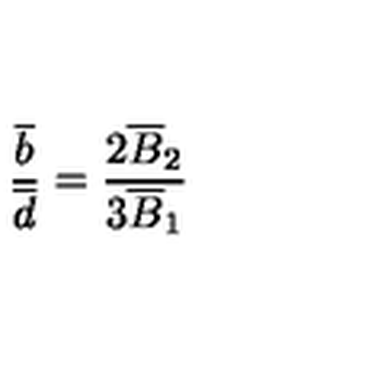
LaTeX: \frac { \overline { { b } } } { \overline { { d } } } = \frac { 2 \overline { { B } } _ { 2 } } { 3 \overline { { B } } _ { 1 } }